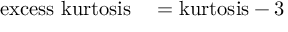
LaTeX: \begin{array} { r l } { { \mathrm { e x c e s s ~ k u r t o s i s } } } & { { } = { \mathrm { k u r t o s i s } } - 3 } \end{array}